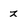
Character: z